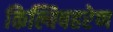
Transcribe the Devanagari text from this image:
किल्बिषहरेण